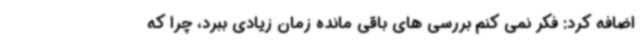
اضافه کرد: فکر نمی کنم بررسی های باقی مانده زمان زیادی ببرد، چرا که